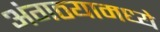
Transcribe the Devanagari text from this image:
अंगठयामध्ये